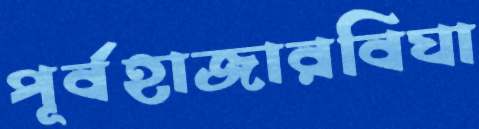
পূর্বহাজারবিঘা